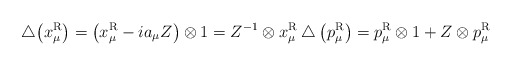
\begin{gather*}\bigtriangleup\big(x_\mu^{\rm R}\big)=\big(x_\mu^{\rm R}-ia_\mu Z\big)\otimes1=Z^{-1}\otimes x_\mu^{\rm R}\bigtriangleup\big(p_\mu^{\rm R}\big)=p_\mu^{\rm R}\otimes1+Z\otimes p_\mu^{\rm R}\end{gather*}